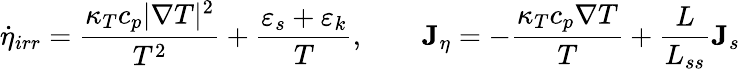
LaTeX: \dot{\eta}_{irr}=\frac{\kappa_{T}c_{p}|\nabla T|^{2}}{T^{2}}+\frac{\varepsilon_{s}+\varepsilon_{k}}{T},\qquad{\mathbf J}_{\eta}=-\frac{\kappa_{T}c_{p}\nabla T}{T}+\frac{L}{L_{ss}}{\mathbf J}_{s}